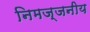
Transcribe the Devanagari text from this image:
निमज्जनीय